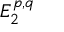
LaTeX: E _ { 2 } ^ { p , q }